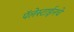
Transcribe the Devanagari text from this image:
पॅलेस्टाईनचे